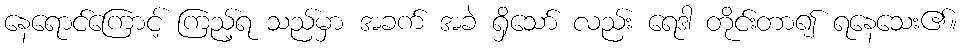
နေရောင်ကြောင့် ကြည့်ရ သည်မှာ အခက် အခဲ ရှိသော် လည်း ရေဒါ တိုင်းတာ၍ ရနေသေး၏။